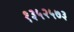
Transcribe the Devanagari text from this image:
१३५२५७३